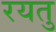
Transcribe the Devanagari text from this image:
रयतु